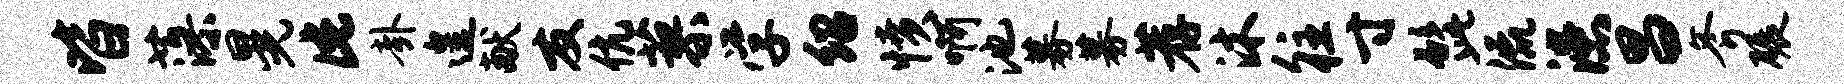
皆藻晃此卦遑献友伉蓼学绍愤啊池募募荐沐往寸髭流漶昌斧碾